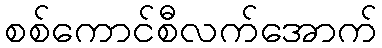
စစ်ကောင်စီလက်အောက်